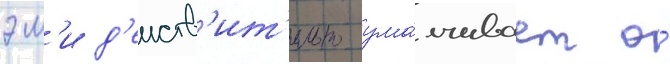
эм'и д'еиств'ит'ельно ума́лчивает о́